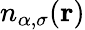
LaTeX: n_{\alpha,\sigma}({\mathbf r})